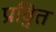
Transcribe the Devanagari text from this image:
प्रवृ़ित